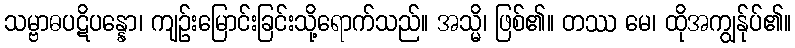
သမ္ဗာဓပဋိပန္နော၊ ကျဉ်းမြောင်းခြင်းသို့ရောက်သည်။ အသ္မိ၊ ဖြစ်၏။ တဿ မေ၊ ထိုအကျွန်ုပ်၏။